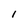
Character: l